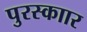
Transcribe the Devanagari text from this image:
पुरस्काार